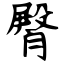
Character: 臀